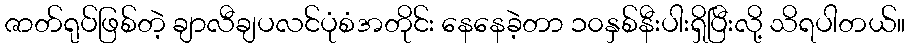
ဇာတ်ရုပ်ဖြစ်တဲ့ ချာလီချပလင်ပုံစံအတိုင်း နေနေခဲ့တာ ၁၀နှစ်နီးပါးရှိပြီးလို့ သိရပါတယ်။